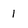
Character: 1